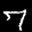
Label: 7